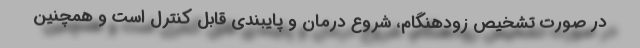
در صورت تشخیص زودهنگام، شروع درمان و پایبندی قابل کنترل است و همچنین